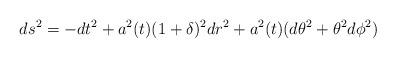
LaTeX: \begin{align*}ds^2=-dt^2+a^2(t)(1+\delta)^2dr^2+a^2(t)(d\theta^2+\theta^2d\phi^2)\end{align*}